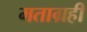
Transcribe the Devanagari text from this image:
मताग्रही